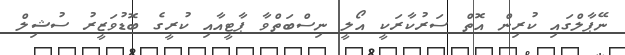
ނޭޕާލްގައި ކުރިން އޮތް ސަރުކާރަކީ އޯލީ ނިސްބަތްވާ ޕާޓީއާއި ކުރީގެ ބޮޑުވަޒީރު ސުޝިލް